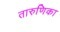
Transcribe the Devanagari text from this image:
तारुणिका